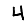
Digit: 4